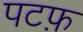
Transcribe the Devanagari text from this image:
पटफ़